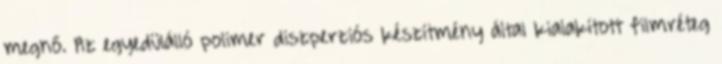
megnő. Az egyedülálló polimer diszperziós készítmény által kialakított filmréteg